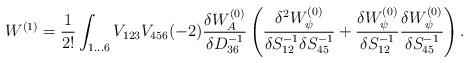
LaTeX: \begin{align*} W^{(1)}=\frac{1}{2!}\int_{1\ldots 6}V_{123}V_{456}(-2)\frac{\delta W_{A}^{(0)}}{\delta D^{-1}_{36}}\left(\frac{\delta^2 W_{\psi}^{(0)}}{\delta S^{-1}_{12}\delta S^{-1}_{45}}+\frac{\delta W_{\psi}^{(0)}}{\delta S^{-1}_{12}}\frac{\delta W_{\psi}^{(0)}}{\delta S^{-1}_{45}}\right).\end{align*}